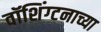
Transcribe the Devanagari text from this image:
वॉशिंग्टनाच्या